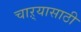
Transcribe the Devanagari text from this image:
चाऱ्यासाठी